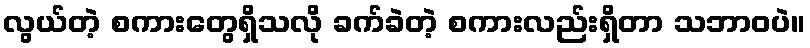
လွယ်တဲ့ စကားတွေရှိသလို ခက်ခဲတဲ့ စကားလည်းရှိတာ သဘာဝပဲ။